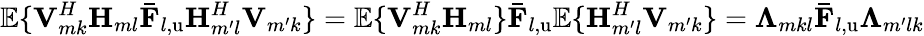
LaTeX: \mathbb{E}\{ \mathbf{V}_{mk}^{H}\mathbf{H}_{ml}\mathbf{\bar{F}}_{l,\mathrm{u}}\mathbf{H}_{m^{\prime}l}^{H}\mathbf{V}_{m^{\prime}k}\} =\mathbb{E}\{ \mathbf{V}_{mk}^{H}\mathbf{H}_{ml}\} \mathbf{\bar{F}}_{l,\mathrm{u}}\mathbb{E}\{ \mathbf{H}_{m^{\prime}l}^{H}\mathbf{V}_{m^{\prime}k}\} =\mathbf{\Lambda}_{mkl}\mathbf{\bar{F}}_{l,\mathrm{u}}\mathbf{\Lambda}_{m^{\prime}lk}